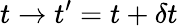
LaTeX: t\rightarrow t^{\prime}=t+\delta t